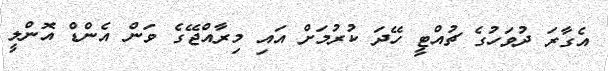
އެގާރަ ދުވަހުގެ ޗުއްޓީ ހޭދަ ކުރުމަށް އައި މިރާއްޖޭގެ ވަން އެންޑް އޮންލީ